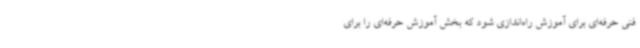
فنی حرفه‌ای برای آموزش راه‌اندازی شود که بخش آموزش حرفه‌ای را برای